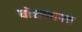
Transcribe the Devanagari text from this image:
धोशणापत्र